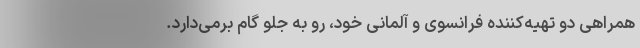
همراهی دو تهیه‌کننده فرانسوی و آلمانی خود، رو به جلو گام برمی‌دارد.